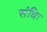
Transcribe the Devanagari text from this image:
संधिः